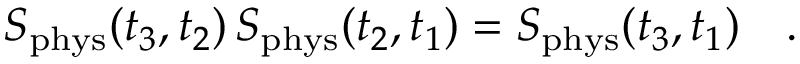
S _ { \mathrm { p h y s } } ( t _ { 3 } , t _ { 2 } ) \, S _ { \mathrm { p h y s } } ( t _ { 2 } , t _ { 1 } ) = S _ { \mathrm { p h y s } } ( t _ { 3 } , t _ { 1 } ) \ \ \ .